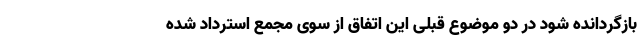
بازگردانده شود در دو موضوع قبلی این اتفاق از سوی مجمع استرداد شده